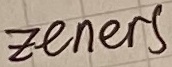
Text: Zeners